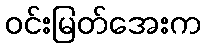
ဝင်းမြတ်အေးက